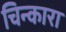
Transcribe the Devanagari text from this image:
चिन्कारा